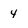
Character: 4